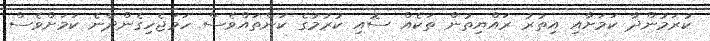
ކުރަމުންދާ ކަމަށާއި އިތުރު ރައްޔިތުން ތަކެއް ސޮއި ކުރުމުގެ ކަންތައްވެސް ހަމަޖެހިގެންދާނެ ކަމަށްވެސް